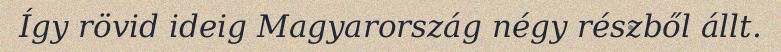
Így rövid ideig Magyarország négy részből állt.